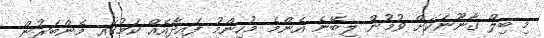
މި ބިލް ގާނޫނަކަށް ވުމުން ލިބޭނެ އެންމެ މުހިންމު ފައިދާއެއް ކަމުގައި މެންބަރުން